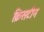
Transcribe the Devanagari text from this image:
क्रिसटीन